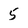
Character: 5